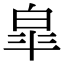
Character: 皐